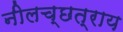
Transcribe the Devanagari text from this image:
नीलच्छत्राय